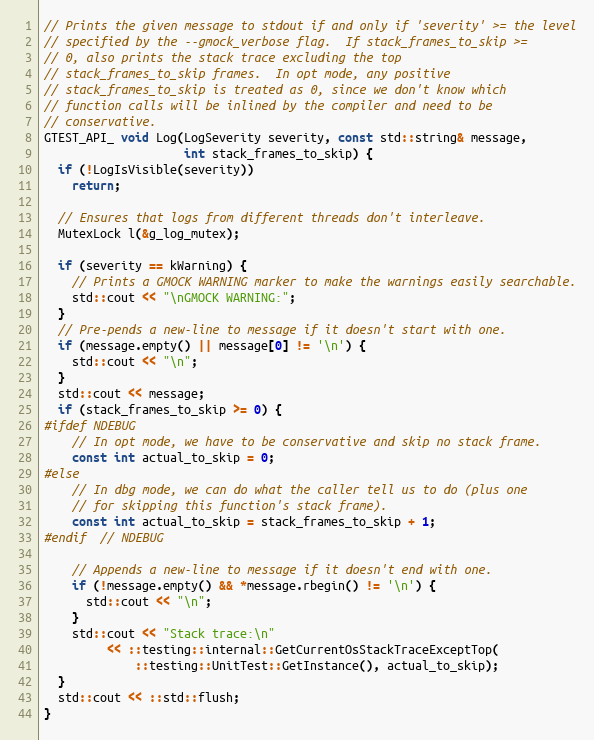
Language: C++
// Prints the given message to stdout if and only if 'severity' >= the level
// specified by the --gmock_verbose flag.  If stack_frames_to_skip >=
// 0, also prints the stack trace excluding the top
// stack_frames_to_skip frames.  In opt mode, any positive
// stack_frames_to_skip is treated as 0, since we don't know which
// function calls will be inlined by the compiler and need to be
// conservative.
GTEST_API_ void Log(LogSeverity severity, const std::string& message,
                    int stack_frames_to_skip) {
  if (!LogIsVisible(severity))
    return;

  // Ensures that logs from different threads don't interleave.
  MutexLock l(&g_log_mutex);

  if (severity == kWarning) {
    // Prints a GMOCK WARNING marker to make the warnings easily searchable.
    std::cout << "\nGMOCK WARNING:";
  }
  // Pre-pends a new-line to message if it doesn't start with one.
  if (message.empty() || message[0] != '\n') {
    std::cout << "\n";
  }
  std::cout << message;
  if (stack_frames_to_skip >= 0) {
#ifdef NDEBUG
    // In opt mode, we have to be conservative and skip no stack frame.
    const int actual_to_skip = 0;
#else
    // In dbg mode, we can do what the caller tell us to do (plus one
    // for skipping this function's stack frame).
    const int actual_to_skip = stack_frames_to_skip + 1;
#endif  // NDEBUG

    // Appends a new-line to message if it doesn't end with one.
    if (!message.empty() && *message.rbegin() != '\n') {
      std::cout << "\n";
    }
    std::cout << "Stack trace:\n"
         << ::testing::internal::GetCurrentOsStackTraceExceptTop(
             ::testing::UnitTest::GetInstance(), actual_to_skip);
  }
  std::cout << ::std::flush;
}